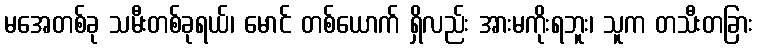
မအေတစ်ခု သမီးတစ်ခုရယ်၊ မောင် တစ်ယောက် ရှိလည်း အားမကိုးရဘူး၊ သူက တသီးတခြား